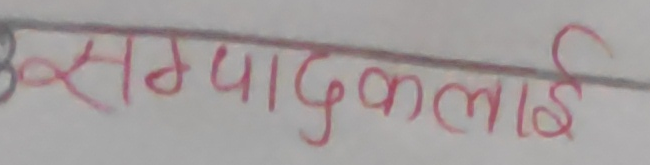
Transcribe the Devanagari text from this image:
सम्पादकलाइ